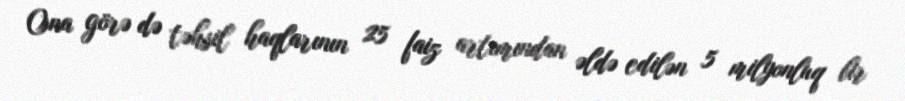
Ona görə də təhsil haqlarının 25 faiz artımından əldə edilən 5 milyonluq bir